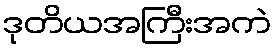
ဒုတိယအကြီးအကဲ